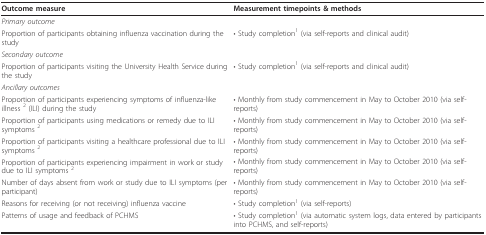
<table><thead><tr><td><b>Outcome measure</b></td><td><b>Measurement timepoints &amp; methods</b></td></tr></thead><tbody><tr><td><i>Primary outcome</i></td><td></td></tr><tr><td>Proportion of participants obtaining influenza vaccination during the study</td><td>• Study completion<sup>1 </sup>(via self-reports and clinical audit)</td></tr><tr><td><i>Secondary outcome</i></td><td></td></tr><tr><td>Proportion of participants visiting the University Health Service during the study</td><td>• Study completion<sup>1 </sup>(via self-reports and clinical audit)</td></tr><tr><td><i>Ancillary outcomes</i></td><td></td></tr><tr><td>Proportion of participants experiencing symptoms of influenza-like illness <sup>2 </sup>(ILI) during the study</td><td>• Monthly from study commencement in May to October 2010 (via self-reports)</td></tr><tr><td>Proportion of participants using medications or remedy due to ILI symptoms <sup>2</sup></td><td>• Monthly from study commencement in May to October 2010 (via self-reports)</td></tr><tr><td>Proportion of participants visiting a healthcare professional due to ILI symptoms <sup>2</sup></td><td>• Monthly from study commencement in May to October 2010 (via self-reports)</td></tr><tr><td>Proportion of participants experiencing impairment in work or study due to ILI symptoms <sup>2</sup></td><td>• Monthly from study commencement in May to October 2010 (via self-reports)</td></tr><tr><td>Number of days absent from work or study due to ILI symptoms (per participant)</td><td>• Monthly from study commencement in May to October 2010 (via self-reports)</td></tr><tr><td>Reasons for receiving (or not receiving) influenza vaccine</td><td>• Study completion<sup>1 </sup>(via self-reports)</td></tr><tr><td>Patterns of usage and feedback of PCHMS</td><td>• Study completion<sup>1 </sup>(via automatic system logs, data entered by participants into PCHMS, and self-reports)</td></tr></tbody></table>